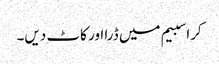
کراسبیم میں ڈرا اور کاٹ دیں۔